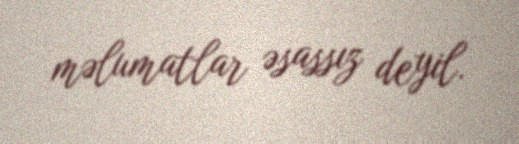
məlumatlar əsassız deyil.